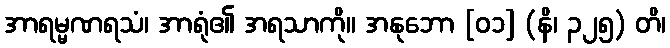
အာရမ္မဏရသံ၊ အာရုံ၏ အရသာကို။ အနုဘော [၀၁] (နိ၊ ၃၂၅) တိ၊